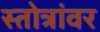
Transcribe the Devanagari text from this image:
स्तोत्रांवर